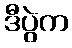
ဒီပွဲက